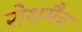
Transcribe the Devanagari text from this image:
रोथमैन